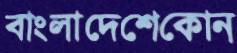
বাংলাদেশেকোন